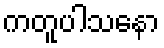
ကတူပါသနော